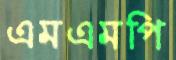
এমএমপি